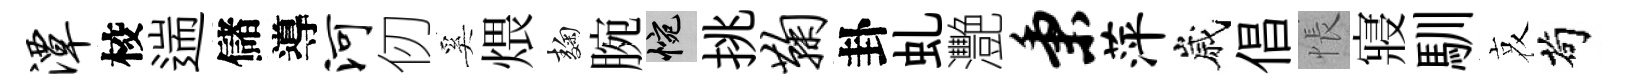
潭校遄儲導河仞奚煨麹腕惋挑鞠卦虬灧秉萍嵗倡悵寢馴哀茍